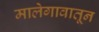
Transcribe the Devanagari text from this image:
मालेगावातून